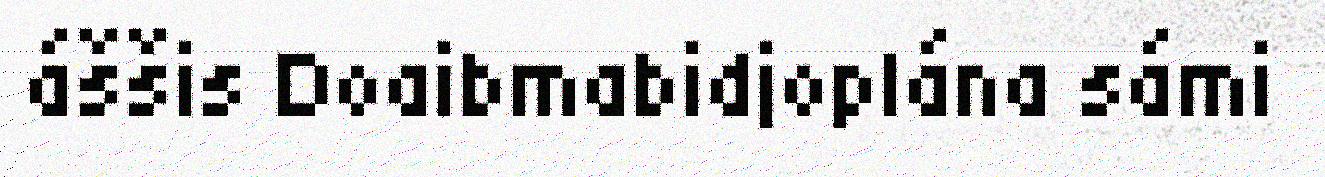
áššis Doaibmabidjoplána sámi